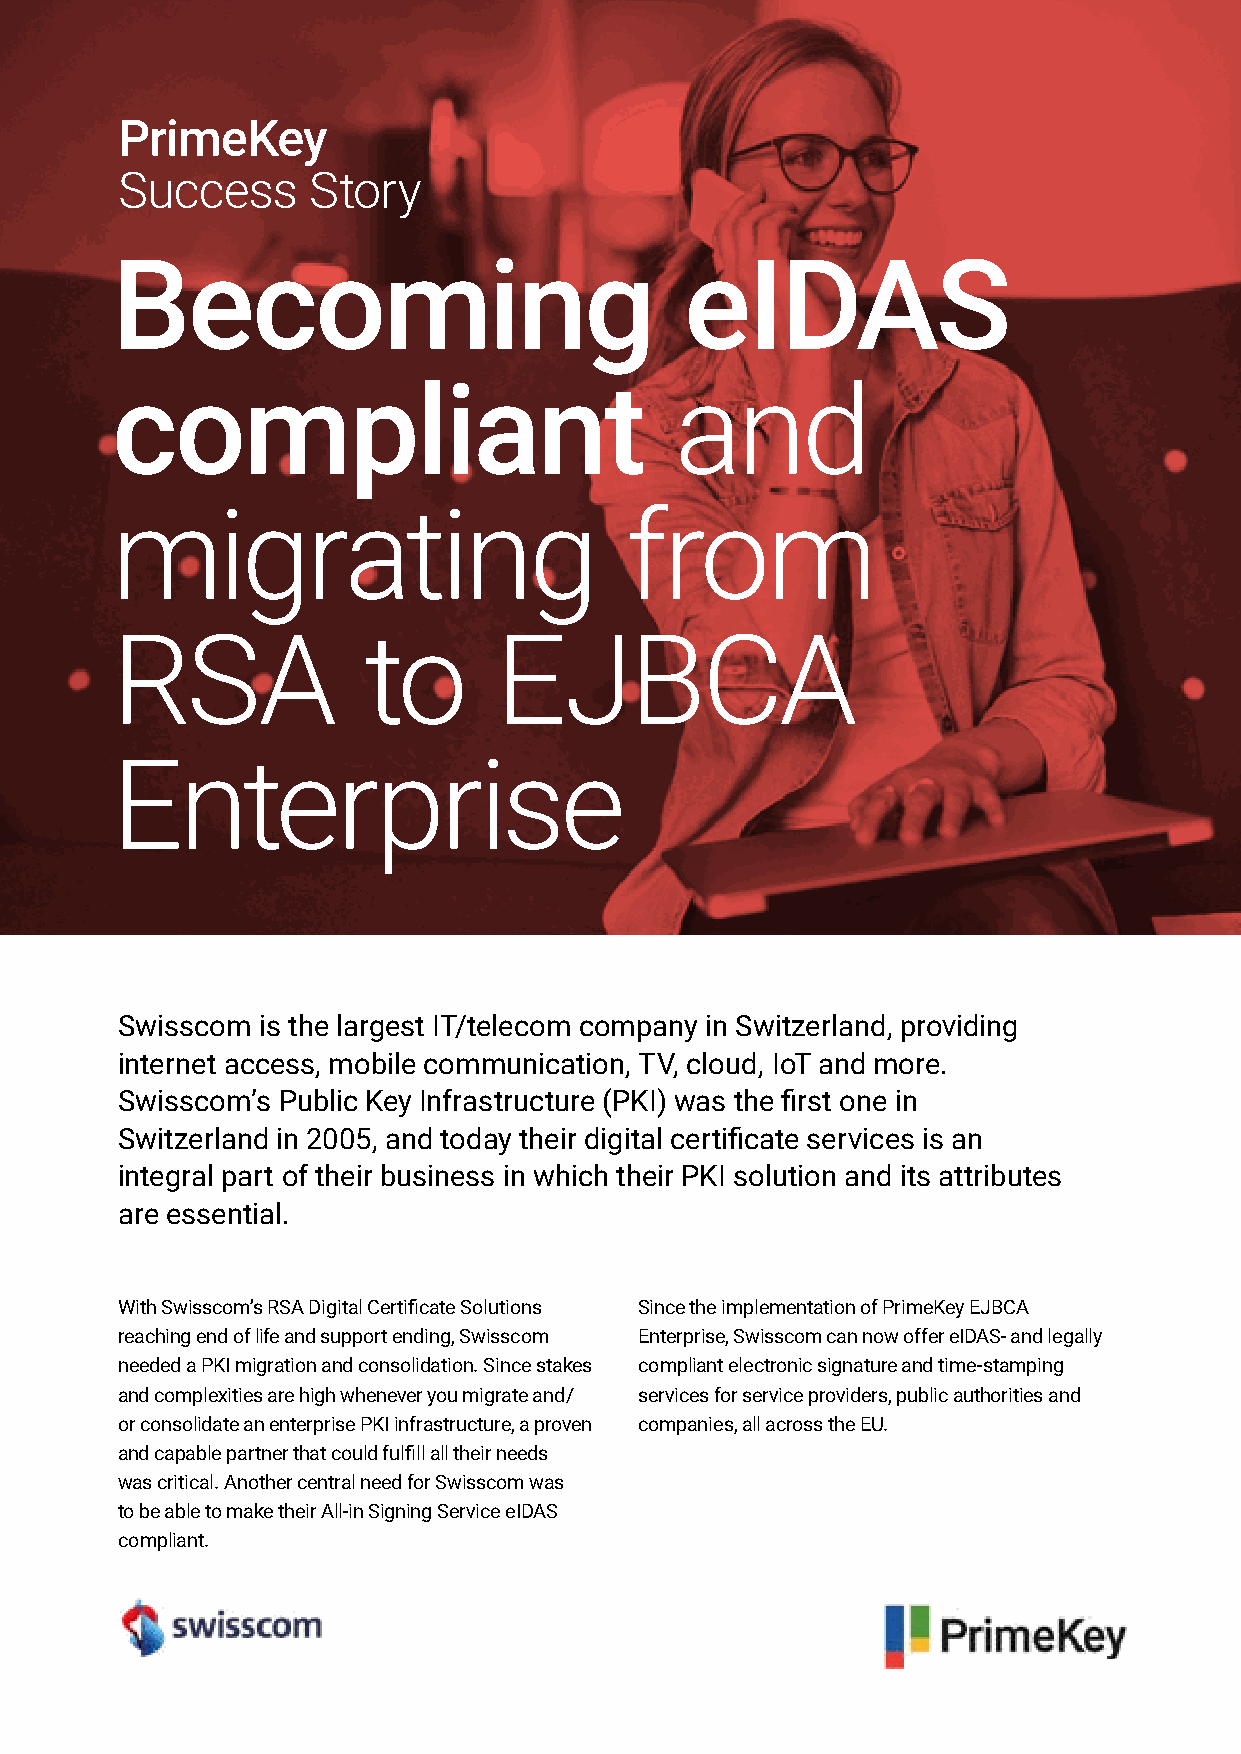
PrimeKey
 Success     Story
 Becoming                              eIDAS
 compliant                             and
 migrating                         from
 RSA              to       EJBCA
 Enterprise
 Swisscom is the largest IT/telecom company in Switzerland, providing
 internet access, mobile communication, TV, cloud, IoT and more.
 Swisscom’s Public Key Infrastructure (PKI) was the first one in
 Switzerland in 2005, and today their digital certificate services is an
 integral part of their business in which their PKI solution and its attributes
 are essential.
 With Swisscom’s RSA Digital Certificate Solutions Since the implementation of PrimeKey EJBCA
 reaching end of life and support ending, Swisscom Enterprise, Swisscom can now offer eIDAS- and legally
 needed a PKI migration and consolidation. Since stakes compliant electronic signature and time-stamping
 and complexities are high whenever you migrate and/ services for service providers, public authorities and
 or consolidate an enterprise PKI infrastructure, a proven companies, all across the EU.
 and capable partner that could fulfill all their needs
 was critical. Another central need for Swisscom was
 to be able to make their All-in Signing Service eIDAS
 compliant.